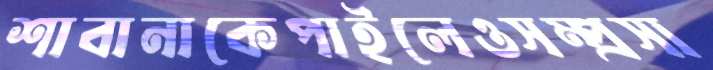
শাবানাকেপাইলেওসম্প্রসা